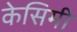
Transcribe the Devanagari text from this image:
केसिमी